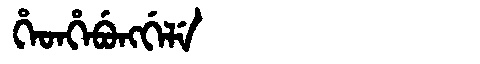
Manchu: ᡥᡝᡨᡥᡝᠪᡠᠩᡤᡝᠯᡝ
Romanization: HETHEBUNGGELE